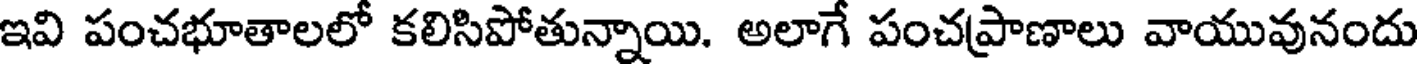
ఇవి పంచభూతాలలో కలిసిపోతున్నాయి. అలాగే పంచప్రాణాలు వాయువునందు